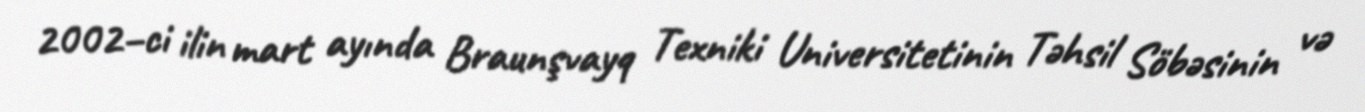
2002–ci ilin mart ayında Braunşvayq Texniki Universitetinin Təhsil Söbəsinin və